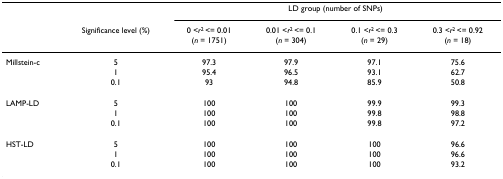
|  |  | <COLSPAN=4> LD group (number of SNPs) |
 |  | Significance level (%) | 0 <r2 <= 0.01 (n = 1751) | 0.01 <r2 <= 0.1 (n = 304) | 0.1 <r2 <= 0.3 (n = 29) | 0.3 <r2 <= 0.92 (n = 18) |
 | --- | --- | --- | --- | --- | --- |
 | Millstein-c | 5 | 97.3 | 97.9 | 97.1 | 75.6 |
 |  | 1 | 95.4 | 96.5 | 93.1 | 62.7 |
 |  | 0.1 | 93 | 94.8 | 85.9 | 50.8 |
 | LAMP-LD | 5 | 100 | 100 | 99.9 | 99.3 |
 |  | 1 | 100 | 100 | 99.8 | 98.8 |
 |  | 0.1 | 100 | 100 | 99.8 | 97.2 |
 | HST-LD | 5 | 100 | 100 | 100 | 96.6 |
 |  | 1 | 100 | 100 | 100 | 96.6 |
 |  | 0.1 | 100 | 100 | 100 | 93.2 |